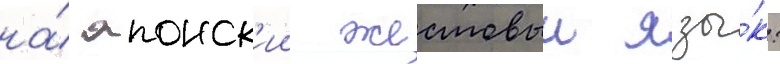
на́ японск'ии жестовыи язы́к: